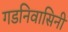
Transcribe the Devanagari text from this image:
गडनिवासिनी